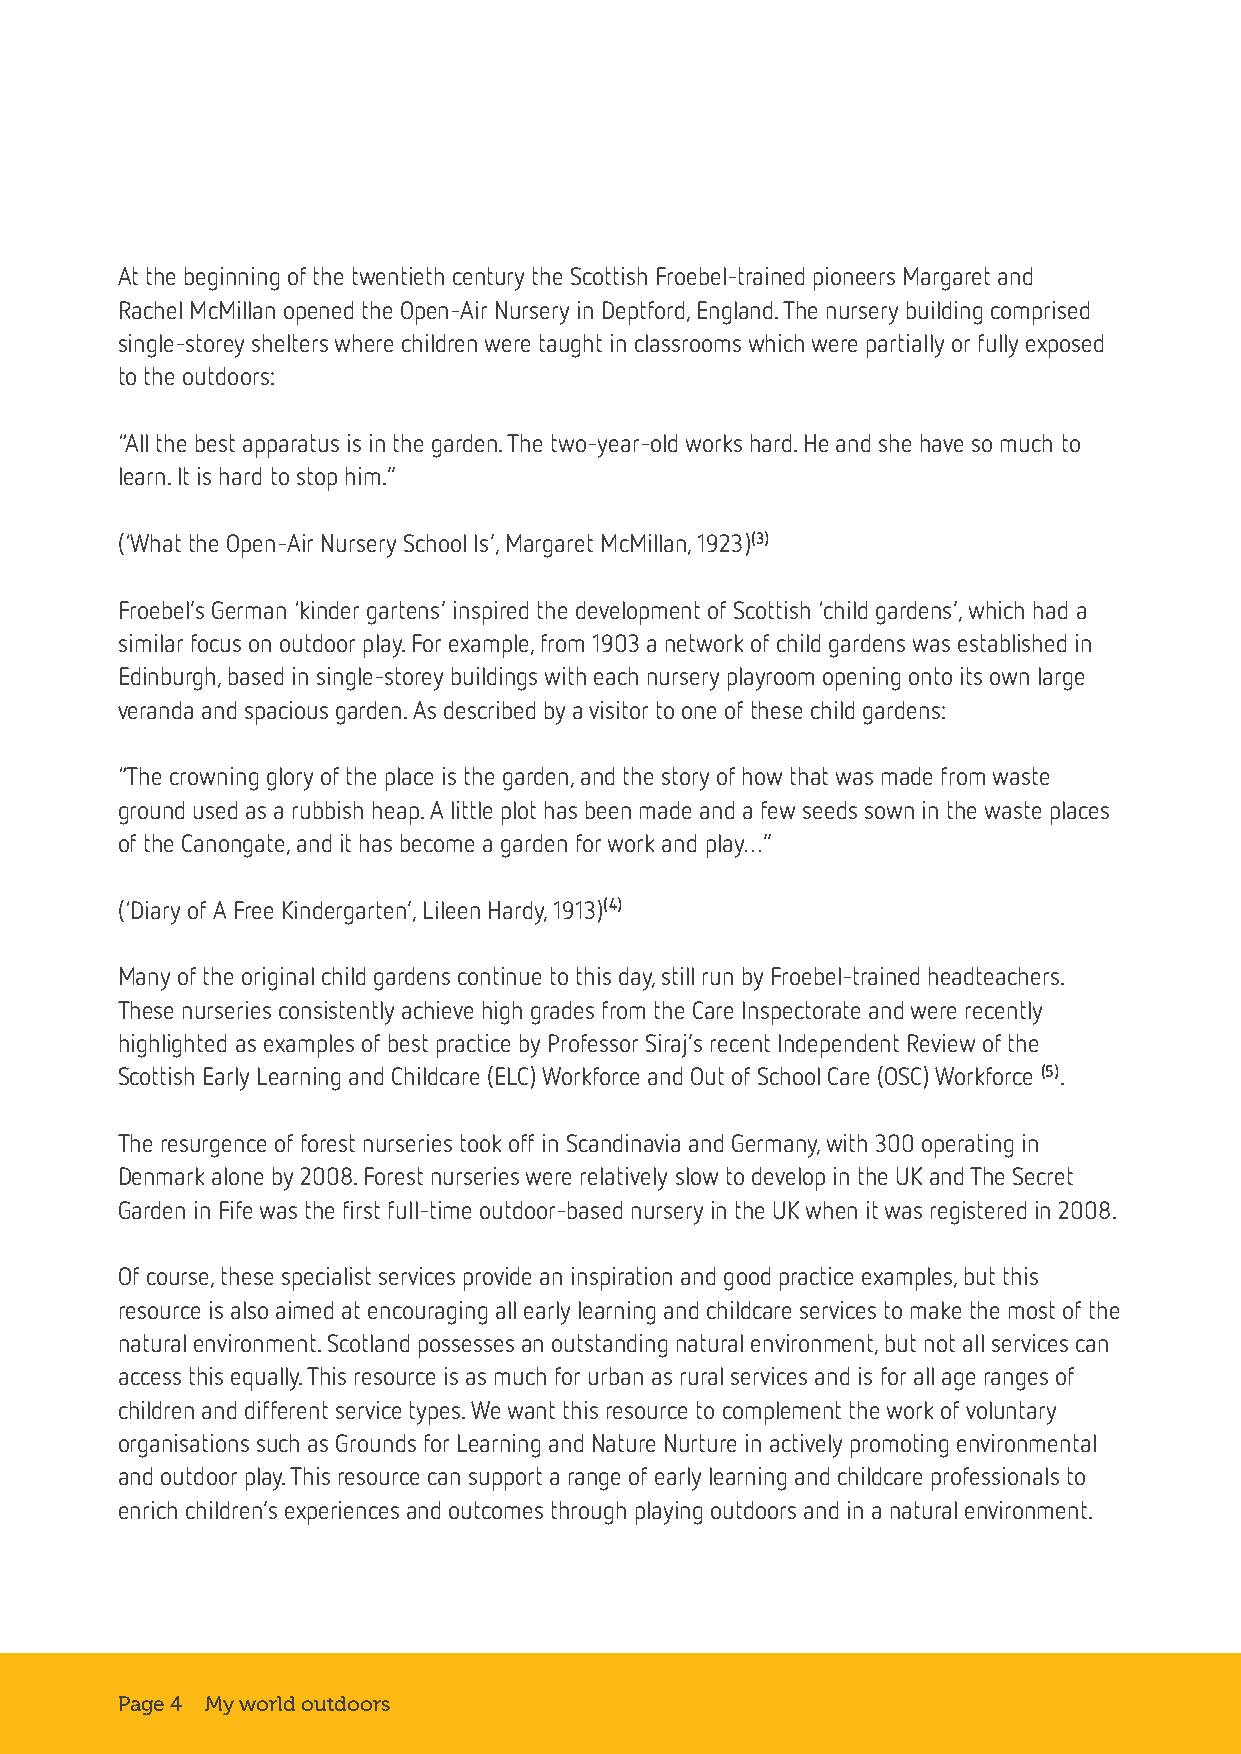
At the beginning of the twentieth century the Scottish Froebel-trained pioneers Margaret and
 Rachel McMillan opened the Open-Air Nursery in Deptford, England. The nursery building comprised
 single-storey shelters where children were taught in classrooms which were partially or fully exposed
 to the outdoors:
 “All the best apparatus is in the garden. The two-year-old works hard. He and she have so much to
 learn. It is hard to stop him.”
 (‘What the Open-Air Nursery School Is’, Margaret McMillan, 1923)(3)
 Froebel’s German ‘kinder gartens’ inspired the development of Scottish ‘child gardens’, which had a
 similar focus on outdoor play. For example, from 1903 a network of child gardens was established in
 Edinburgh, based in single-storey buildings with each nursery playroom opening onto its own large
 veranda and spacious garden. As described by a visitor to one of these child gardens:
 “The crowning glory of the place is the garden, and the story of how that was made from waste
 ground used as a rubbish heap. A little plot has been made and a few seeds sown in the waste places
 of the Canongate, and it has become a garden for work and play…”
 (‘Diary of A Free Kindergarten’, Lileen Hardy, 1913)(4)
 Many of the original child gardens continue to this day, still run by Froebel-trained headteachers.
 These nurseries consistently achieve high grades from the Care Inspectorate and were recently
 highlighted as examples of best practice by Professor Siraj’s recent Independent Review of the
 Scottish Early Learning and Childcare (ELC) Workforce and Out of School Care (OSC) Workforce (5).
 The resurgence of forest nurseries took off in Scandinavia and Germany, with 300 operating in
 Denmark alone by 2008. Forest nurseries were relatively slow to develop in the UK and The Secret
 Garden in Fife was the first full-time outdoor-based nursery in the UK when it was registered in 2008.
 Of course, these specialist services provide an inspiration and good practice examples, but this
 resource is also aimed at encouraging all early learning and childcare services to make the most of the
 natural environment. Scotland possesses an outstanding natural environment, but not all services can
 access this equally. This resource is as much for urban as rural services and is for all age ranges of
 children and different service types. We want this resource to complement the work of voluntary
 organisations such as Grounds for Learning and Nature Nurture in actively promoting environmental
 and outdoor play. This resource can support a range of early learning and childcare professionals to
 enrich children’s experiences and outcomes through playing outdoors and in a natural environment.
 Page 4 My world outdoors